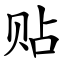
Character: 贴